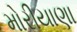
મોરીયાણા